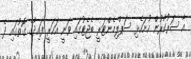
އާ ސަރުކާރުން ހުށަހެޅި ސަޕްލިމެންޓަރީ ބެޖެޓުގައި ވަނީ އަހަރީ ފައިދާގެ ގޮތުގައި ދެ